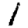
Digit: 1